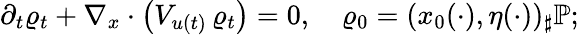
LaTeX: \partial_{t}\varrho_{t}+\nabla_{x}\cdot\left(V_{u(t)}\, \varrho_{t}\right)=0,\quad\varrho_{0}=(x_{0}(\cdot),\eta(\cdot))_{\sharp}\mathbb P;